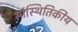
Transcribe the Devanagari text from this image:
सांस्थितिकीय